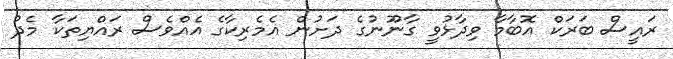
ރައީސް ބަރަކް އޮބާމާ ވިދާޅުވީ ގާނޫނުގެ ދަށުން އެމެރިކާގެ އެއްވެސް ރައްޔިތަކާ މެދު